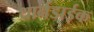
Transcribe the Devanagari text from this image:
थार्नडाईक